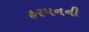
હરમનની